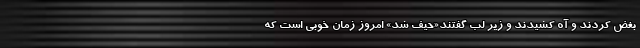
بغض کردند و آه کشیدند و زیر لب گفتند«حیف شد» امروز زمان خوبی است که